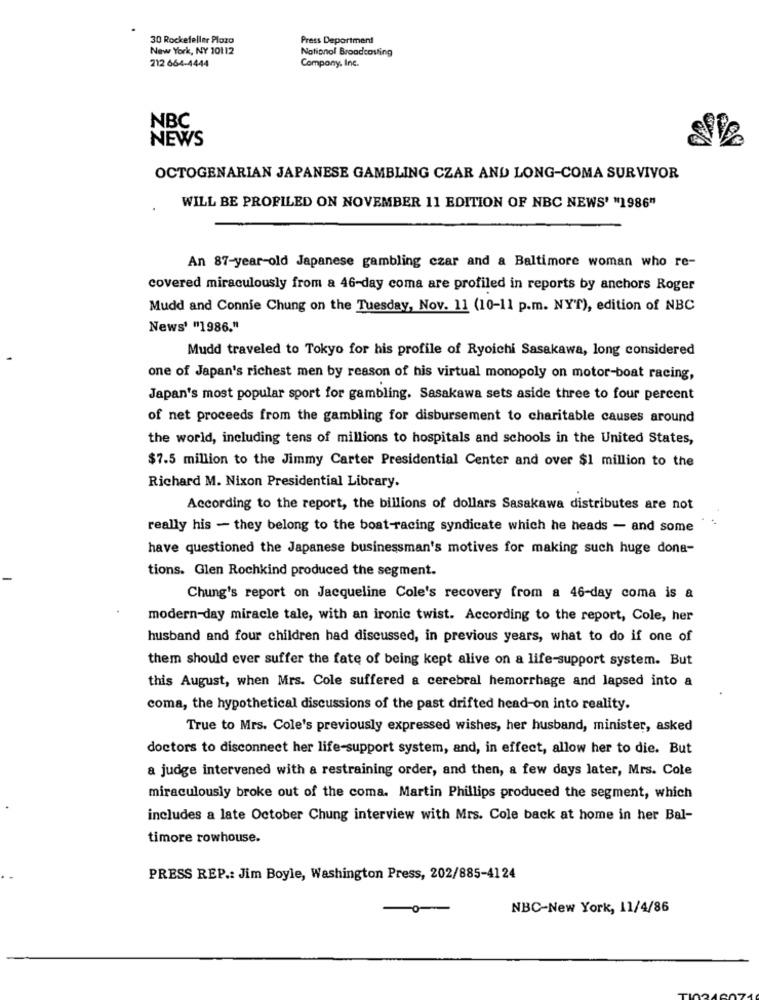
30 Rockefeller Plaza
Press Department
New York, NY 10112
National Broadcasting
212 664-4444
Company, Inc.
NBC
NEWS
OCTOGENARIAN JAPANESE GAMBLING CZAR AND LONG-COMA SURVIVOR
WILL BE PROFILED ON NOVEMBER 11 EDITION OF NBC NEWS' "1986"
An 87-year-old Japanese gambling czar and a Baltimore woman who re-
covered miraculously from a 46-day coma are profiled in reports by anchors Roger
Mudd and Connie Chung on the Tuesday, Nov. 11 (10-11 p.m. NYT), edition of NBC
News' "1986."
Mudd traveled to Tokyo for his profile of Ryoichi Sasakawa, long considered
one of Japan's richest men by reason of his virtual monopoly on motor-boat racing,
Japan's most popular sport for gambling. Sasakawa sets aside three to four percent
of net proceeds from the gambling for disbursement to charitable causes around
the world, including tens of millions to hospitals and schools in the United States,
$7.5 million to the Jimmy Carter Presidential Center and over $1 million to the
Richard M. Nixon Presidential Library.
According to the report, the billions of dollars Sasakawa distributes are not
really his - they belong to the boat-racing syndicate which he heads - and some
have questioned the Japanese businessman's motives for making such huge dona-
tions. Glen Rochkind produced the segment.
Chung's report on Jacqueline Cole's recovery from a 46-day coma is a
modern-day miracle tale, with an ironic twist. According to the report, Cole, her
husband and four children had discussed, in previous years, what to do if one of
them should ever suffer the fate of being kept alive on a life-support system. But
this August, when Mrs. Cole suffered a cerebral hemorrhage and lapsed into a
coma, the hypothetical discussions of the past drifted head-on into reality.
True to Mrs. Cole's previously expressed wishes, her husband, minister, asked
doctors to disconnect her life-support system, and, in effect, allow her to die. But
a judge intervened with a restraining order, and then, a few days later, Mrs. Cole
miraculously broke out of the coma. Martin Phillips produced the segment, which
includes a late October Chung interview with Mrs. Cole back at home in her Bal-
timore rowhouse.
PRESS REP .: Jim Boyle, Washington Press, 202/885-4124
0-
NBC-New York, 11/4/86